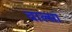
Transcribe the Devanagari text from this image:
वाल्सा